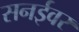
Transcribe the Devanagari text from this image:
सनईवर